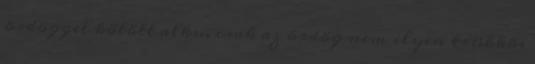
ördöggel kötött alku, csak az ördög nem ilyen trükkös